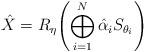
LaTeX: \begin{align*}\hat{X}=R_\eta\Biggl(\bigoplus_{i=1}^N\hat{\alpha}_i S_{\theta_i}\Biggr)\end{align*}